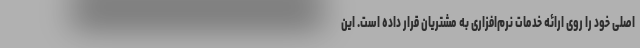
اصلی خود را روی ارائه خدمات نرم‌افزاری به مشتریان قرار داده است. این